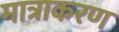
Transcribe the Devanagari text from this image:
मात्राकरण